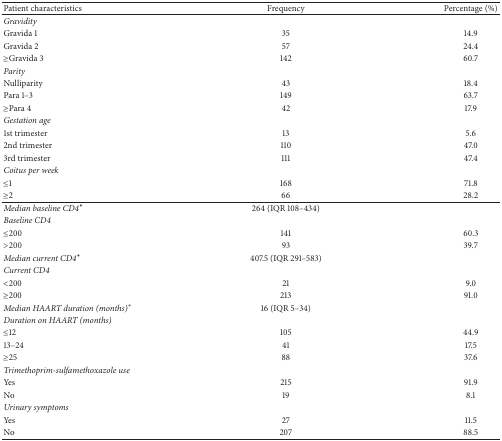
| Patient characteristics | Frequency | Percentage (%) |
 | --- | --- | --- |
 | Gravidity |  |  |
 | Gravida 1 | 35 | 14.9 |
 | Gravida 2 | 57 | 24.4 |
 | ≥Gravida 3 | 142 | 60.7 |
 | Parity |  |  |
 | Nulliparity | 43 | 18.4 |
 | Para 1–3 | 149 | 63.7 |
 | ≥Para 4 | 42 | 17.9 |
 | Gestation age |  |  |
 | 1st trimester | 13 | 5.6 |
 | 2nd trimester | 110 | 47.0 |
 | 3rd trimester | 111 | 47.4 |
 | Coitus per week |  |  |
 | ≤1 | 168 | 71.8 |
 | ≥2 | 66 | 28.2 |
 | Median baseline CD4∗ | 264 (IQR 108–434) |  |
 | Baseline CD4 |  |  |
 | ≤200 | 141 | 60.3 |
 | >200 | 93 | 39.7 |
 | Median current CD4∗ | 407.5 (IQR 291–583) |  |
 | Current CD4 |  |  |
 | <200 | 21 | 9.0 |
 | ≥200 | 213 | 91.0 |
 | Median HAART duration (months)∗ | 16 (IQR 5–34) |  |
 | Duration on HAART (months) |  |  |
 | ≤12 | 105 | 44.9 |
 | 13–24 | 41 | 17.5 |
 | ≥25 | 88 | 37.6 |
 | Trimethoprim-sulfamethoxazole use |  |  |
 | Yes | 215 | 91.9 |
 | No | 19 | 8.1 |
 | Urinary symptoms |  |  |
 | Yes | 27 | 11.5 |
 | No | 207 | 88.5 |